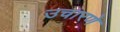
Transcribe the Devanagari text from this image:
उचारणे